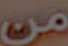
من